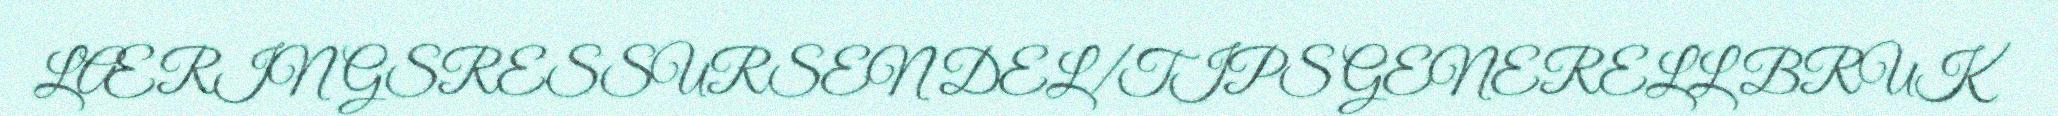
LÆRINGSRESSURSEN DEL/TIPS GENERELL BRUK